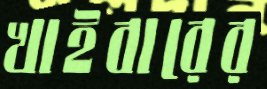
খাইবারের